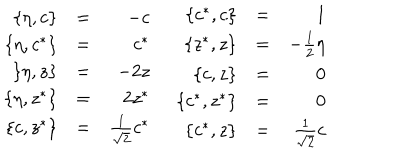
\begin{array} { r c r } { { \{ \eta , c \} } } & { { = } } & { { - c } } \\ { { \{ \eta , c ^ { * } \} } } & { { = } } & { { c ^ { * } } } \\ { { \{ \eta , z \} } } & { { = } } & { { - 2 z } } \\ { { \{ \eta , z ^ { * } \} } } & { { = } } & { { 2 z ^ { * } } } \\ { { \{ c , z ^ { * } \} } } & { { = } } & { { \frac { 1 } { \sqrt { 2 } } c ^ { * } } } \\ \end{array} \; \begin{array} { r c r } { { \{ c ^ { * } , c \} } } & { { = } } & { { 1 } } \\ { { \{ z ^ { * } , z \} } } & { { = } } & { { - \frac { 1 } { 2 } \eta } } \\ { { \{ c , z \} } } & { { = } } & { { 0 } } \\ { { \{ c ^ { * } , z ^ { * } \} } } & { { = } } & { { 0 } } \\ { { \{ c ^ { * } , z \} } } & { { = } } & { { \frac { 1 } { \sqrt { 2 } } c } } \\ \end{array}